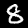
Label: 8